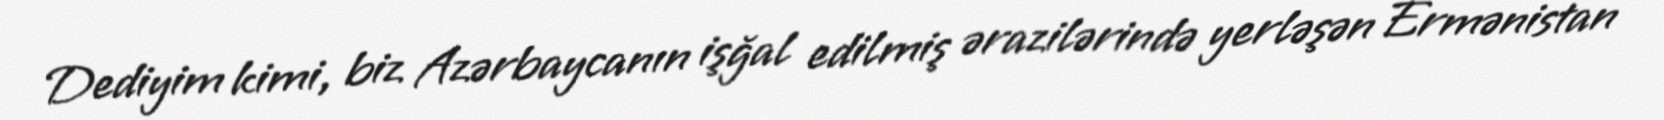
Dediyim kimi, biz Azərbaycanın işğal edilmiş ərazilərində yerləşən Ermənistan